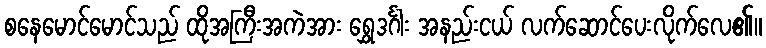
စနေမောင်မောင်သည် ထိုအကြီးအကဲအား ရွှေဒင်္ဂါး အနည်းငယ် လက်ဆောင်ပေးလိုက်လေ၏။